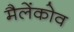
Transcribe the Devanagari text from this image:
मैलेंकोव